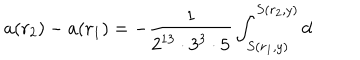
a ( r _ { 2 } ) - a ( r _ { 1 } ) = - \frac { 1 } { 2 ^ { 1 3 } \cdot 3 ^ { 3 } \cdot 5 } \int _ { S ( r _ { 1 } , y ) } ^ { S ( r _ { 2 } , y ) } \mathrm { d }